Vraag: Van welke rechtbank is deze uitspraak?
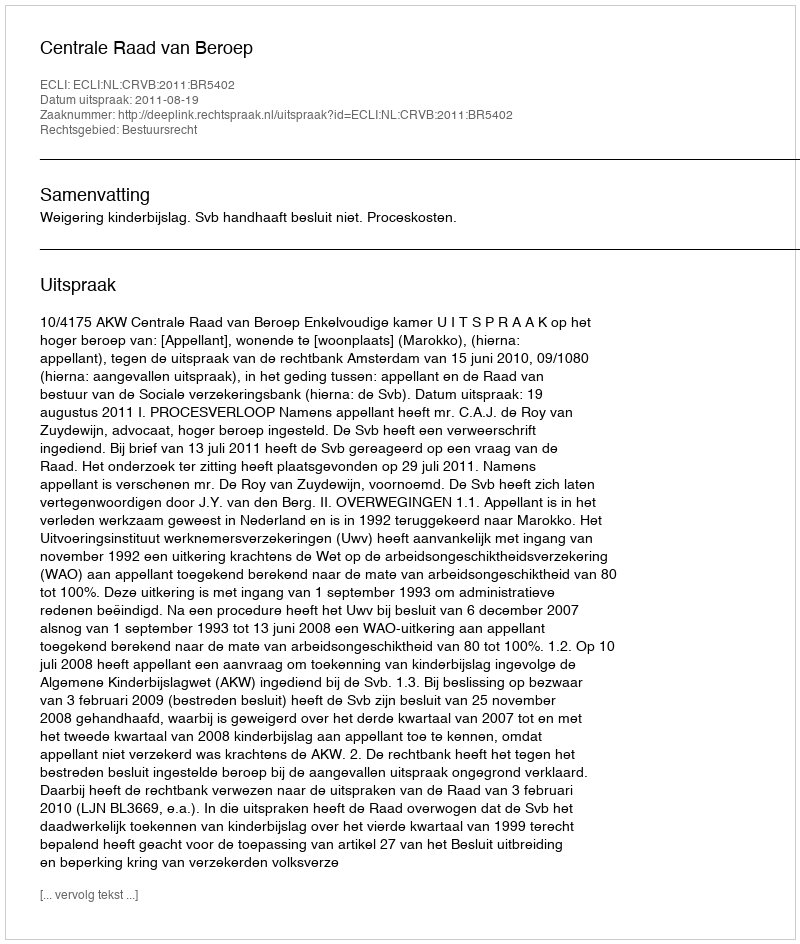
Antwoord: Centrale Raad van Beroep